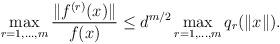
LaTeX: \begin{align*}\max_{r=1,\ldots,m} \frac{\|f^{(r)}(x)\|}{f(x)} \leq d^{m/2}\max_{r=1,\ldots,m} q_r(\|x\|).\end{align*}